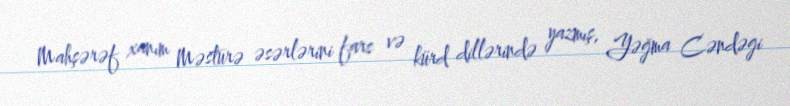
Mahşərəf xanım Məsturə əsərlərini fars və kürd dillərində yazmış, Yəğma Cəndəgi